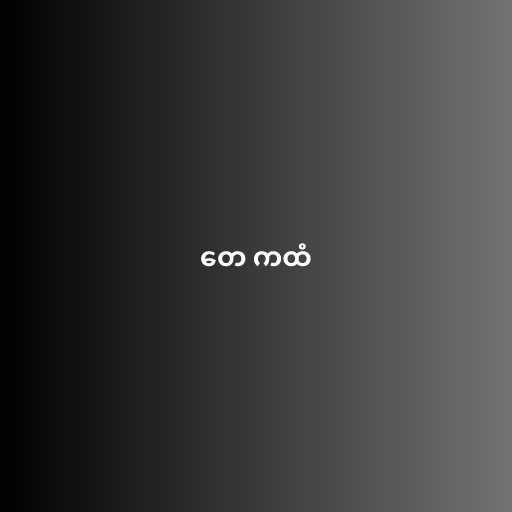
တေ ကထံ